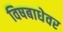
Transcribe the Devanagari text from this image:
विषबाधेवर